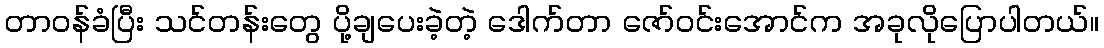
တာဝန်ခံပြီး သင်တန်းတွေ ပို့ချပေးခဲ့တဲ့ ဒေါက်တာ ဇော်ဝင်းအောင်က အခုလိုပြောပါတယ်။